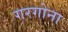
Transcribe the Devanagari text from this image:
गरगोना